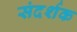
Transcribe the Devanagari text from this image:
संदर्शक